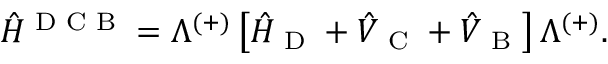
\hat { H } ^ { \textrm { D C B } } = \Lambda ^ { ( + ) } \left[ \hat { H } _ { \textrm { D } } + \hat { V } _ { \textrm { C } } + \hat { V } _ { \textrm { B } } \right] \Lambda ^ { ( + ) } .